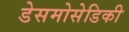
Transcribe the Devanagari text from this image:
डेसमोसेडिकी